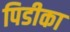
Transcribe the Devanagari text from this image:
पिडीका